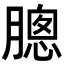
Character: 𣎗